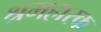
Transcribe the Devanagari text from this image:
श्रमहारक